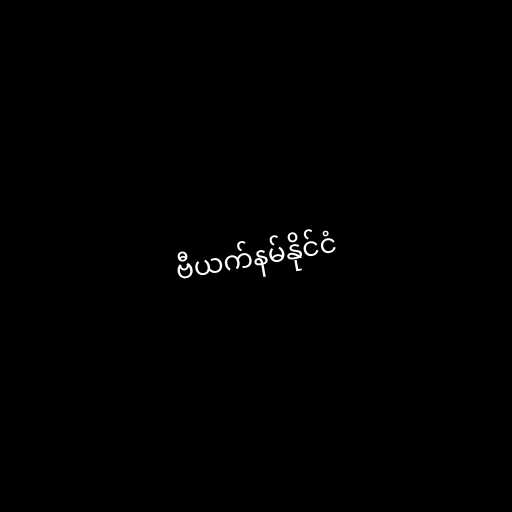
ဗီယက်နမ်နိုင်ငံ